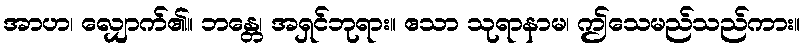
အာဟ၊ လျှောက်၏။ ဘန္တေ၊ အရှင်ဘုရား။ ဧသာ သုရာနာမ၊ ဤသေမည်သည်ကား။